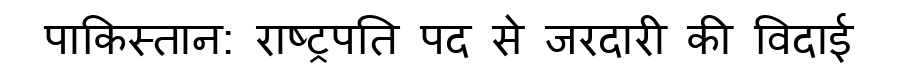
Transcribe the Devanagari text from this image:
पाकिस्तान: राष्ट्रपति पद से जरदारी की विदाई